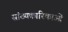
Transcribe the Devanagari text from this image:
सांख्यकारिकाओं